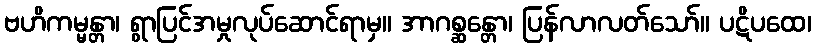
ဗဟိကမ္မန္တာ၊ ရွာပြင်အမှုလုပ်ဆောင်ရာမှ။ အာဂစ္ဆန္တော၊ ပြန်လာလတ်သော်။ ပဋိပထေ၊